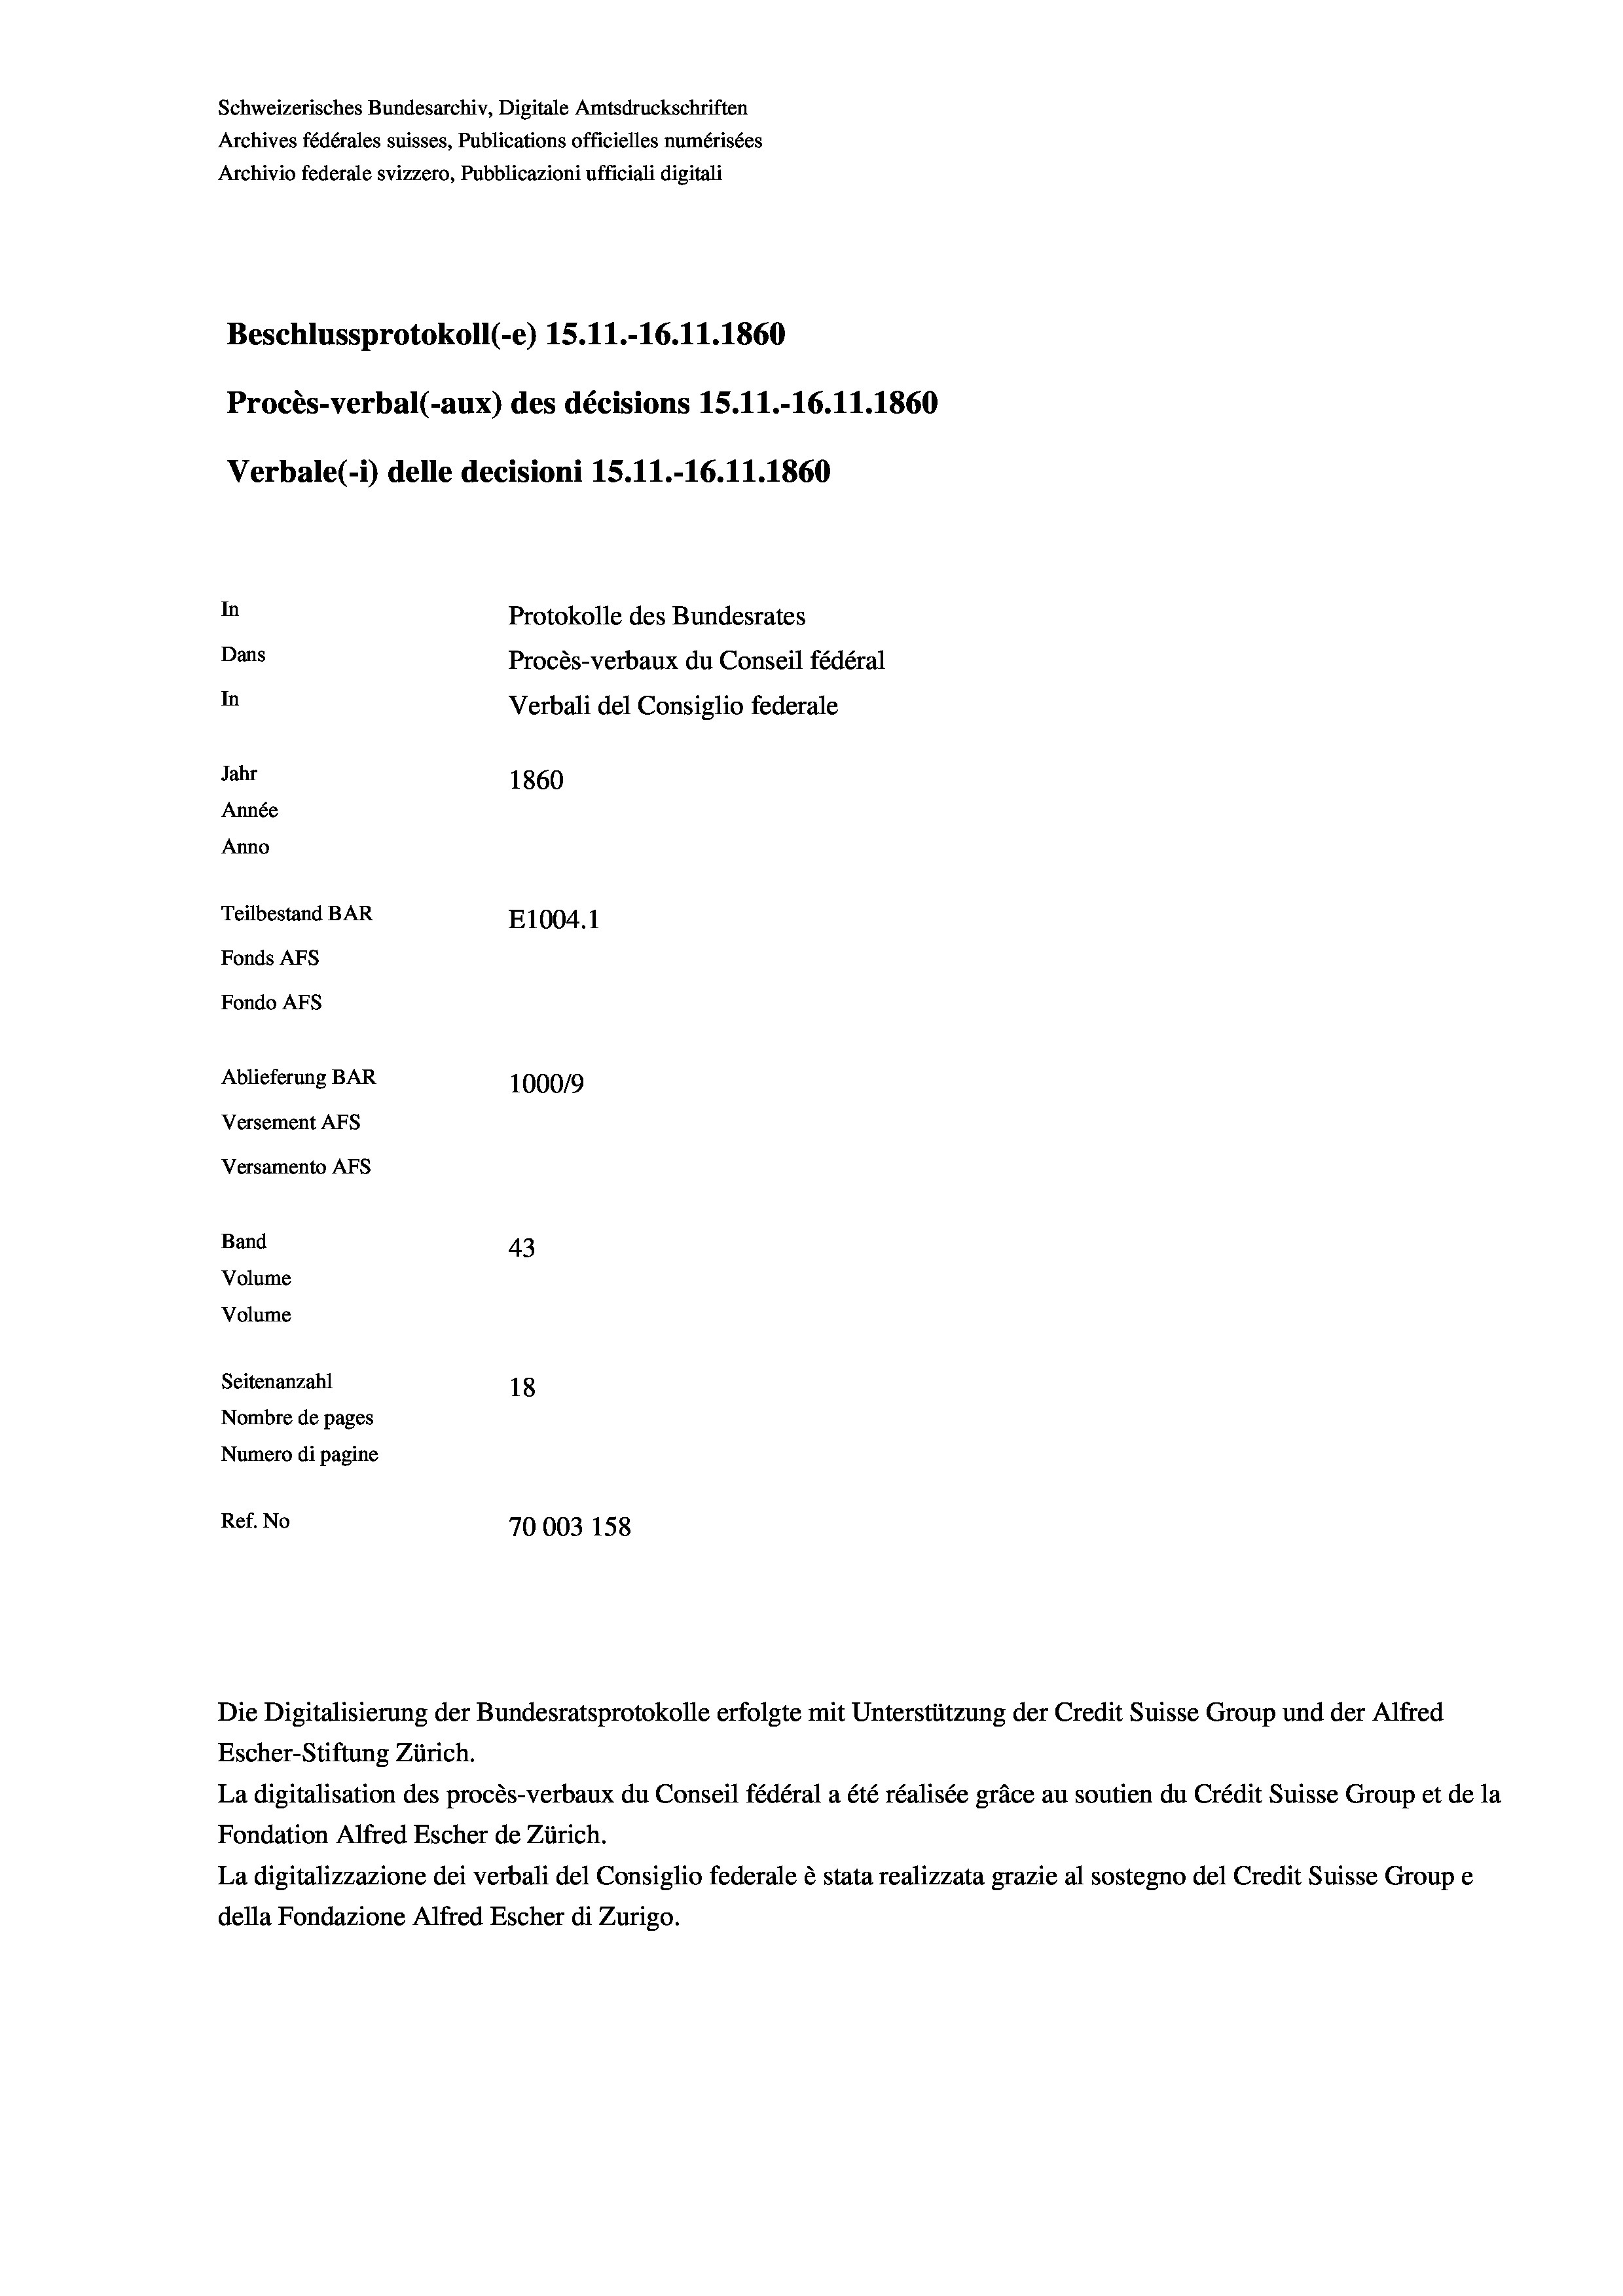
Schweizerisches Bundesarchiv, Digitale Amtsdruckschriften
Archives fédérales suisses, Publications officielles numérisées
Archivio federale svizzero, Pubblicazioni ufficiali digitali
Beschlussprotokoll (-e) 15.11.-16.11.1860
Procès-verbal (-aux) des décisions 15.11.-16.11.1860
Verbale (- 1) delle decisioni 15.11.-16.11.1860
In
Protokolle des Bundesrates
Dans
Procès-verbaux du Conseil fédéral
In
Verbali del Consiglio federale
Jahr
1860
Année
Anno
Teilbestand BAR
E1004.1
Fonds AFs
Fondo Afs
Ablieferung BAR
100019
Versement AFs
Versamento Afs

43
18
Nombre de pages
Numero di pagine
Ref. No
70003 158

Band
Volume
Volume

Seitenanzahl

Escher-Stiftung Zürich.
La digitalisation des procès-verbaux du Conseil fédéral a été réalisée gräce au soutien du Crédit Suisse Group et de la
Fondation Alfred Escher de Zürich.
La digitalizzazione dei verbali del Consiglio federale è stata realizzata grazie al sostegno del Credit Suisse Groupe
della Fondazione Alfred Escher di Zurigo.

Die Digitalisierung der Bundesratsprotokolle erfolgte mit Unterstützung der Credit Suisse Group und der Alfred